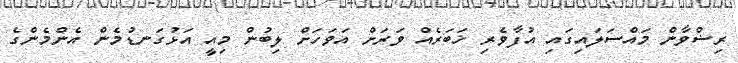
ރިޟްވާން މައްސަލައިގައި އުފާވެރި ޚަބަރެއް ވަރަށް އަވަހަށް ލިބުން މިއީ އަޅުގަނޑުމެން އެންމެންގެ